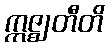
ဣဇ္ဈတီတိ